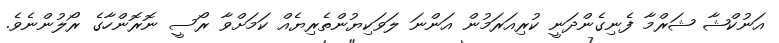
އަނުކްޝާ ޝަރްމާ ފެނިގެންދަނީ ކުރިއަރަމުން އަންނަ ލަވަކިޔުންތެރިޔެއް ކަމަށްވާ ރޯސީ ނޮރޮންހާގެ ރޯލުންނެވެ.